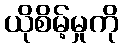
ယိုစိမ့်မှုကို